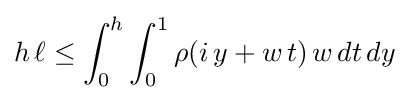
h\,\ell \leq \int _{0}^{h}\int _{0}^{1}\rho (i\,y+w\,t)\,w\,dt\,dy